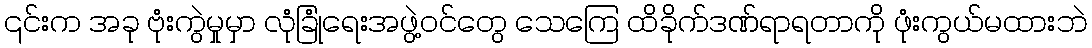
၎င်းက အခု ဗုံးကွဲမှုမှာ လုံခြုံရေးအဖွဲ့ဝင်တွေ သေကြေ ထိခိုက်ဒဏ်ရာရတာကို ဖုံးကွယ်မထားဘဲ